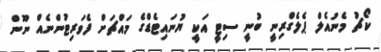
ކޯޗު މެނުއެލް ޕެލެގްރިނީ ބުނީ ސިޓީ އަކީ ޔުނައިޓެޑްގެ މައްޗަށް ފެވަރިޓުންނެއް ނޫން